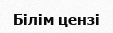
Білім цензі